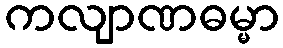
ကလျာဏဓမ္မာ